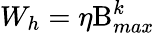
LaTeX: W_{h}=\eta\mathrm{B}_{max}^{k}